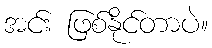
အင်း ဖြစ်နိုင်တာပဲ။